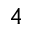
_ 4